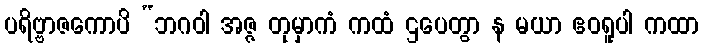
ပရိဗ္ဗာဇကောပိ “ဘဂဝါ အဇ္ဇ တုမှာကံ ကထံ ဌပေတွာ န မယာ ဧဝရူပါ ကထာ